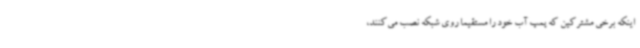
اینکه برخی مشترکین که پمپ آب خود را مستقیما روی شبکه نصب می‌کنند،